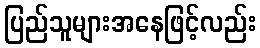
ပြည်သူများအနေဖြင့်လည်း